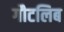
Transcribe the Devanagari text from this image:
गौटलिब